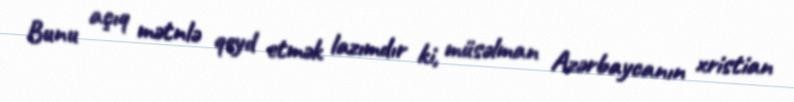
Bunu açıq mətnlə qeyd etmək lazımdır ki, müsəlman Azərbaycanın xristian